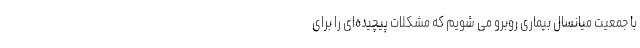
با جمعیت میانسال بیماری روبرو می شویم که مشکلات پیچیده‌ای را برای